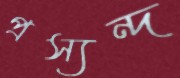
প্রস্যন্দ